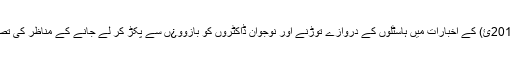
سوموار (2 جولائی 2012ئ) کے اخبارات میں ہاسٹلوں کے دروازے توڑنے اور نوجوان ڈاکٹروں کو بازوو¿ں سے پکڑ کر لے جانے کے مناظر کی تصاویر دکھائی گئی ہیں۔